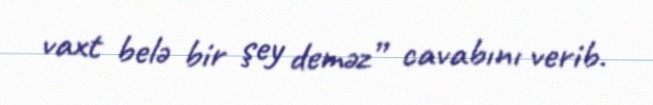
vaxt belə bir şey deməz” cavabını verib.